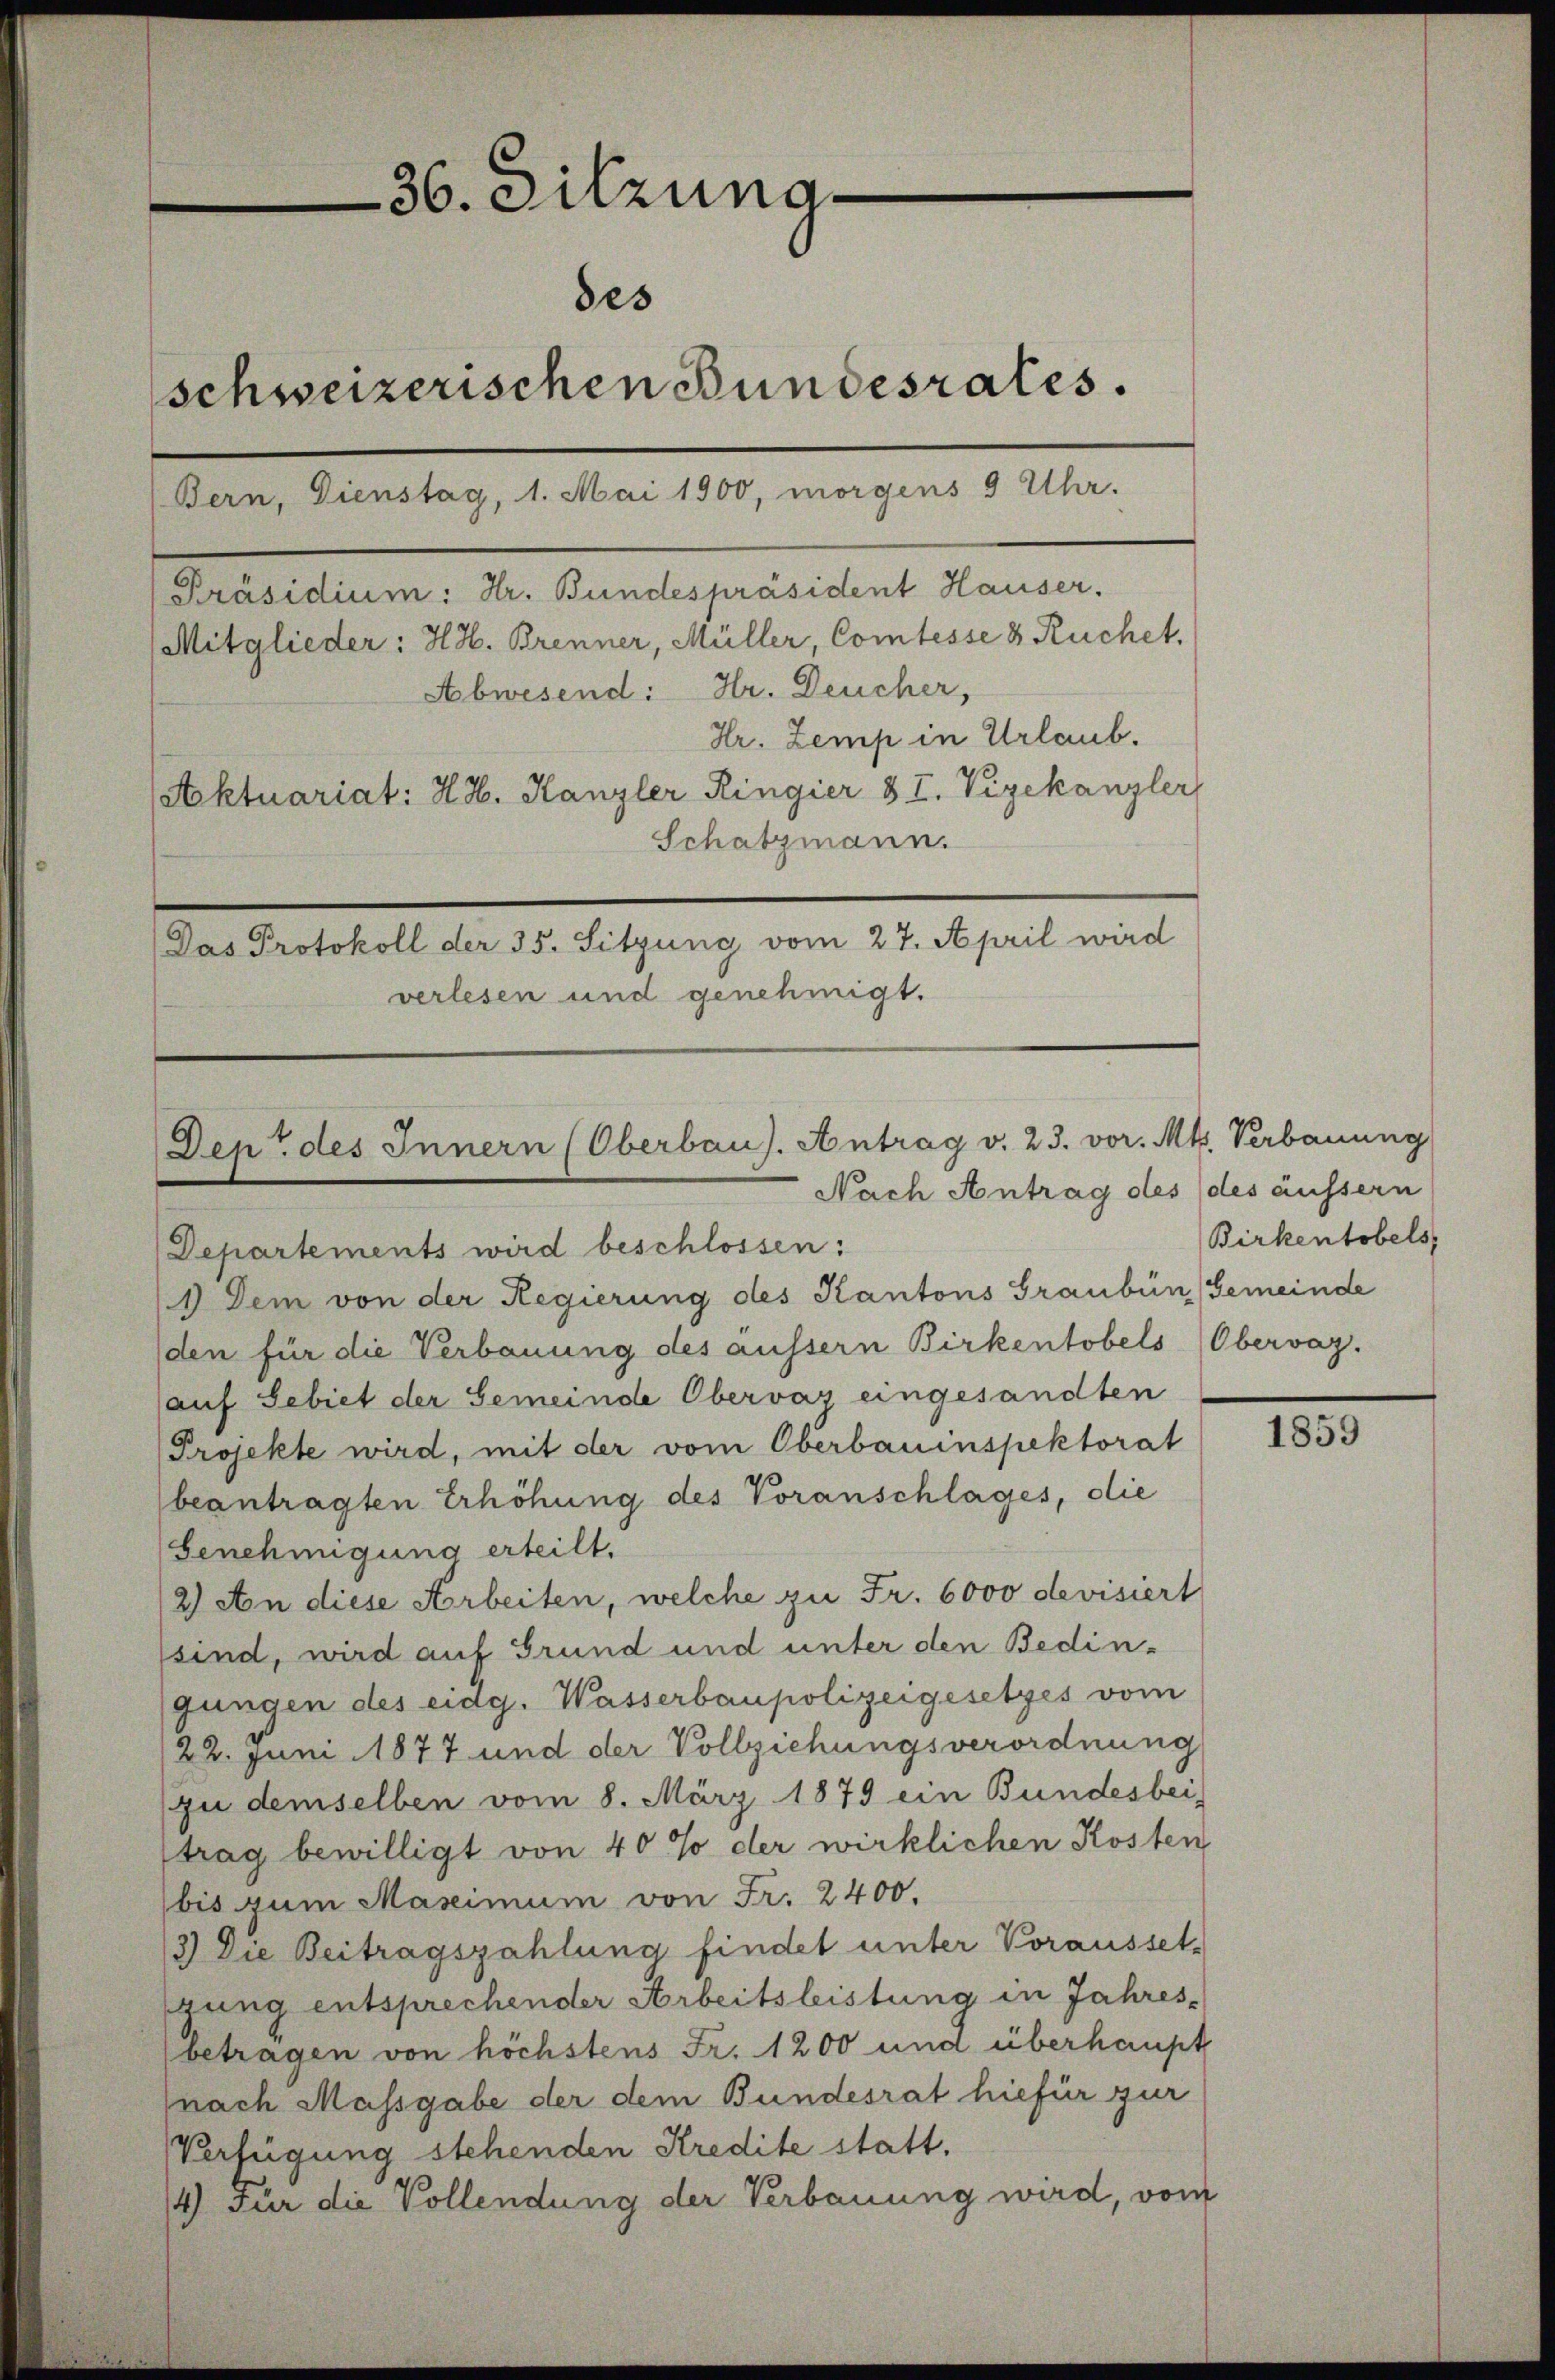
36. Sitzung
des
schweizerischen Bundesrates.
Bern, Dienstag, 1. Mai 1900, morgens 3 Uhr.
[Präsidium: Hr. Bundespräsident Hauser.
Mitglieder: HH. Brenner, Müller, Comtesse 8 Ruchet.
Abwesend: Hr. Deucher,
Hr. Zemp in Urlaub.
Aktuariat: H. H. Kanzler Ringier § I. Vizekanzler
Schatzmann.
Das Protokoll der 35. Sitzung vom 27. April wird
verlesen und genehmigt.

Dept des Innern (Oberbaus. Antrag v. 23. vor. Mts. Verbauung
Nach Antrag des (des äussern
Departements wird beschlossen:

Birkentobels,

1) Dem von der Regierung des Kantons Graubün Gemeinde
den für die Verbauung des äussern Birkentobels (Obervaz.
auf Sebiet der Gemeinde Obervar eingesandten
Projekte wird, mit der vom Oberbauinspektorat
beantragten Erhöhung des Voranschlages, die
Genehmigung erteilt.
2) An diese Arbeiten, welche zu Fr. 6000 devisiert
sind, wird auf Grund und unter den Bedingungen des eidg. Wasserbaupolizeigesetzes vom
/22. Juni 1877 und der Vollziehungsverordnung
zu demselben vom 8. März 1879 ein Bundesbei-
trag bewilligt von 40% der wirklichen Kosten
bis zum Maximum von Fr. 2400.
13) Die Beitragszahlung findet unter Vorausset-
gung entsprechender Arbeitsleistung in Jahres¬
(betragen von höchstens Fr. 1200 und überhaupt
(nach Massgabe der dem Bundesrat hiefür zur
Verfügung stehenden Kredite statt.
4) Für die Vollendung der Verbauung wird, vom

1859